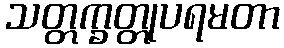
သတ္တက္ခတ္တုပရမတာ